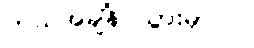
ဘယ်အချိန် သွားမှာလဲ။